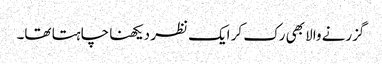
گزرنے والا بھی رک کر ایک نظر دیکھنا چاہتا تھا۔